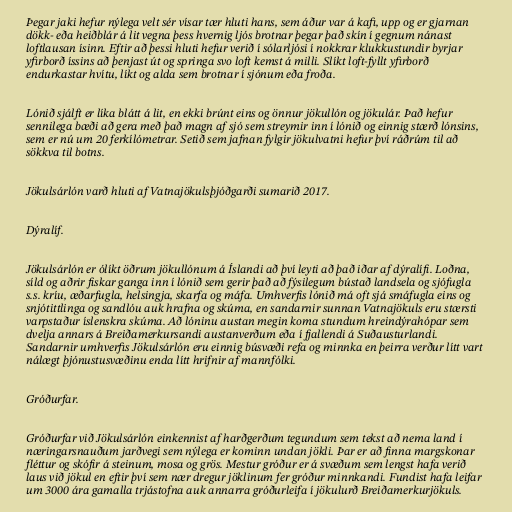
Þegar jaki hefur nýlega velt sér vísar tær hluti hans, sem áður var á kafi, upp og er gjarnan
dökk- eða heiðblár á lit vegna þess hvernig ljós brotnar þegar það skín í gegnum nánast
loftlausan ísinn. Eftir að þessi hluti hefur verið í sólarljósi í nokkrar klukkustundir byrjar
yfirborð íssins að þenjast út og springa svo loft kemst á milli. Slíkt loft-fyllt yfirborð
endurkastar hvítu, líkt og alda sem brotnar í sjónum eða froða.

Lónið sjálft er líka blátt á lit, en ekki brúnt eins og önnur jökullón og jökulár. Það hefur
sennilega bæði að gera með það magn af sjó sem streymir inn í lónið og einnig stærð lónsins,
sem er nú um 20 ferkílómetrar. Setið sem jafnan fylgir jökulvatni hefur því ráðrúm til að
sökkva til botns.

Jökulsárlón varð hluti af Vatnajökulsþjóðgarði sumarið 2017.

Dýralíf.

Jökulsárlón er ólíkt öðrum jökullónum á Íslandi að því leyti að það iðar af dýralífi. Loðna,
síld og aðrir fiskar ganga inn í lónið sem gerir það að fýsilegum bústað landsela og sjófugla
s.s. kríu, æðarfugla, helsingja, skarfa og máfa. Umhverfis lónið má oft sjá smáfugla eins og
snjótittlinga og sandlóu auk hrafna og skúma, en sandarnir sunnan Vatnajökuls eru stærsti
varpstaður íslenskra skúma. Að lóninu austan megin koma stundum hreindýrahópar sem
dvelja annars á Breiðamerkursandi austanverðum eða í fjallendi á Suðausturlandi.
Sandarnir umhverfis Jökulsárlón eru einnig búsvæði refa og minnka en þeirra verður lítt vart
nálægt þjónustusvæðinu enda lítt hrifnir af mannfólki.

Gróðurfar.

Gróðurfar við Jökulsárlón einkennist af harðgerðum tegundum sem tekst að nema land í
næringarsnauðum jarðvegi sem nýlega er kominn undan jökli. Þar er að finna margskonar
fléttur og skófir á steinum, mosa og grös. Mestur gróður er á svæðum sem lengst hafa verið
laus við jökul en eftir því sem nær dregur jöklinum fer gróður minnkandi. Fundist hafa leifar
um 3000 ára gamalla trjástofna auk annarra gróðurleifa í jökulurð Breiðamerkurjökuls.